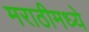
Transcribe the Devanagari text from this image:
मराठीमध्‍ये